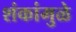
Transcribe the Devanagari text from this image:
शंकांमुळे